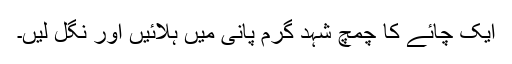
ایک چائے کا چمچ شہد گرم پانی میں ہلائیں اور نگل لیں۔